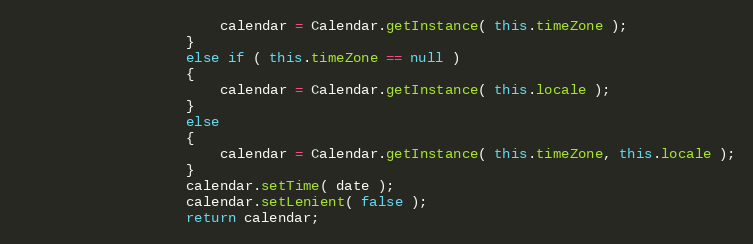
Language: Java
                        calendar = Calendar.getInstance( this.timeZone );
                    }
                    else if ( this.timeZone == null )
                    {
                        calendar = Calendar.getInstance( this.locale );
                    }
                    else
                    {
                        calendar = Calendar.getInstance( this.timeZone, this.locale );
                    }
                    calendar.setTime( date );
                    calendar.setLenient( false );
                    return calendar;